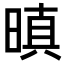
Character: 𭦬